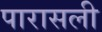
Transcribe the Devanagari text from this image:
पारासली